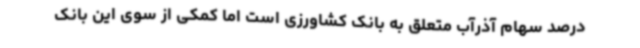
درصد سهام آذرآب متعلق به بانک کشاورزی است اما کمکی از سوی این بانک